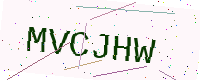
Text: MVCJHW